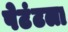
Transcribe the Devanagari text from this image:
पेटंटला